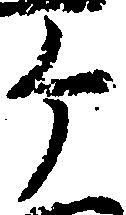
ヶ